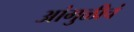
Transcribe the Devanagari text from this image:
आंगुळीचं